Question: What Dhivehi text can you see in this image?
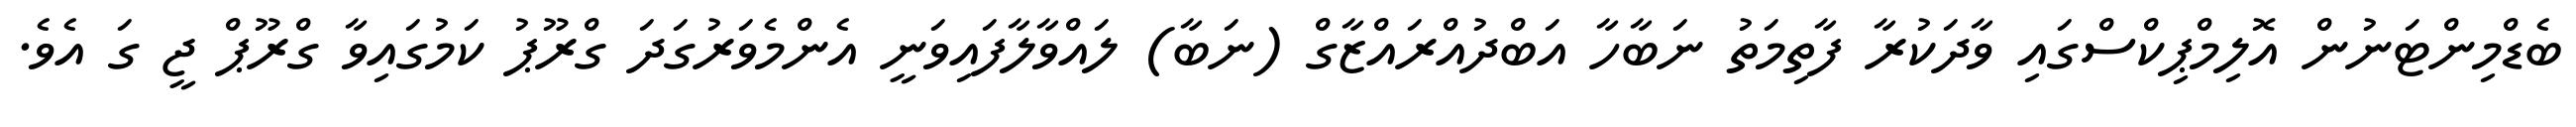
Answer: ބެޑްމިންޓަނުން އޮލިމްޕިކްސްގައި ވާދަކުރާ ފާތިމަތު ނަބާހާ އަބްދުއްރައްޒާގް (ނަބާ) ލައްވާލާފައިވަނީ އެންމެވަރުގަދަ ގްރޫޕު ކަމުގައިވާ ގްރޫޕް ޖީ ގަ އެވެ.